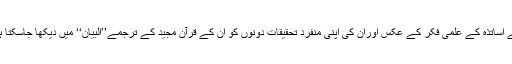
اپنے اساتذہ کے علمی فکر کے عکس اوران کی اپنی منفرد تحقیقات دونوں کو ان کے قرآن مجید کے ترجمے’’البیان‘‘ میں دیکھا جاسکتا ہے۔